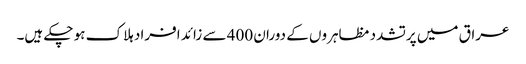
عراق میں پرتشدد مظاہروں کے دوران 400 سے زائد افراد ہلاک ہو چکے ہیں۔